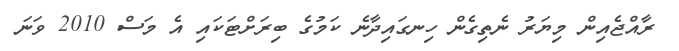
ރާއްޖެއިން މިޔަރު ނެތިގެން ހިނގައިދާނެ ކަމުގެ ބިރަށްޓަކައި އެ މަސް 2010 ވަނަ